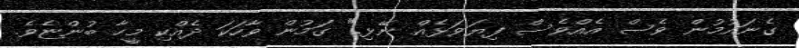
ގެނައުމުން ވެސް އެއްވެސް ފިޔަވަޅެއް ނޭޅި." ގަމުން ވާހަކަ ދެއްކި މީހާ ބުންޏެވެ.